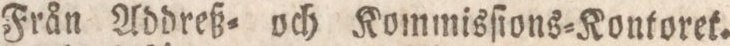
Från Addreß= och Kommisſions=Kontoret.